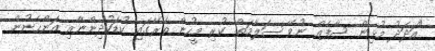
"އަދަދު މުޅިން ސާފެއް ނުވޭ ސަލާމަތް ކުރި މީހުން ތެރޭގައި ކުޑަކުދިންނާއި އަންހެނުން